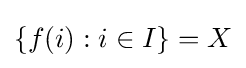
\{f(i):i\in I\}=X